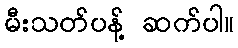
မီးသတ်ပန့် ဆက်ပါ။